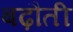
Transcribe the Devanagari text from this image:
बढ़ौती